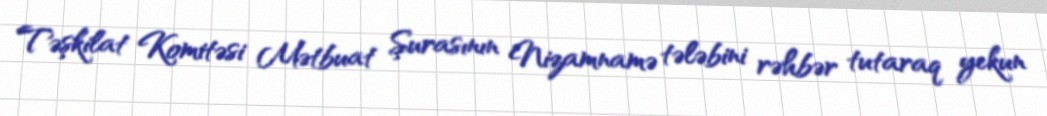
Təşkilat Komitəsi Mətbuat Şurasının Nizamnamə tələbini rəhbər tutaraq yekun